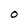
Character: O